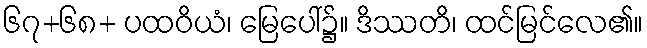
၆၇+၆၈+ ပထဝိယံ၊ မြေပေါ်၌။ ဒိဿတိ၊ ထင်မြင်လေ၏။